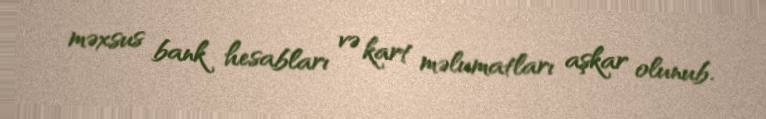
məxsus bank hesabları və kart məlumatları aşkar olunub.